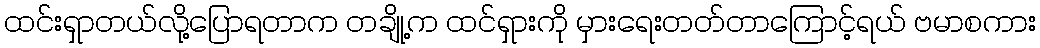
ထင်းရှာတယ်လို့ပြောရတာက တချို့က ထင်ရှားကို မှားရေးတတ်တာကြောင့်ရယ် ဗမာစကား